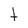
Character: t